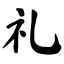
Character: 礼